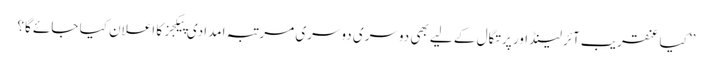
’’کیا عنقریب آئرلینڈ اور پرتگال کے لیے بھی دوسری دوسری مرتبہ امدادی پیکجز کا اعلان کیا جائے گا؟